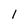
Character: 1